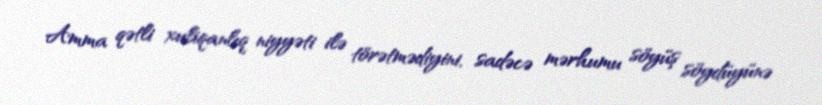
Amma qətli xuliqanlıq niyyəti ilə törətmədiyini, sadəcə mərhumu söyüş söydüyünə